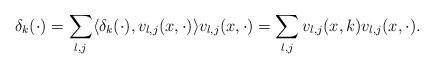
LaTeX: \begin{align*}\delta_k(\cdot)=\sum_{l, j}\langle \delta_k(\cdot), v_{l, j}(x, \cdot) \rangle v_{l, j}(x, \cdot)=\sum_{l, j}v_{l, j}(x, k)v_{l, j}(x, \cdot).\end{align*}